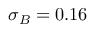
\sigma _ { B } = 0 . 1 6